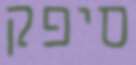
סיפק